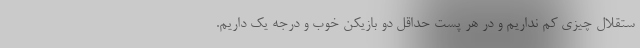
ستقلال چیزی کم نداریم و در هر پست حداقل دو بازیکن خوب و درجه یک داریم.